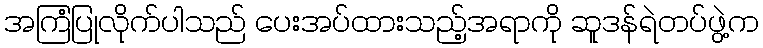
အကြံပြုလိုက်ပါသည် ပေးအပ်ထားသည့်အရာကို ဆူဒန်ရဲတပ်ဖွဲ့က